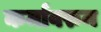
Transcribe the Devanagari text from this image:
कर्मावरुन